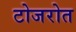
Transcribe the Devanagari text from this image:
टोजरोत